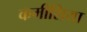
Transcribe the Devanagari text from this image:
कमीशिया